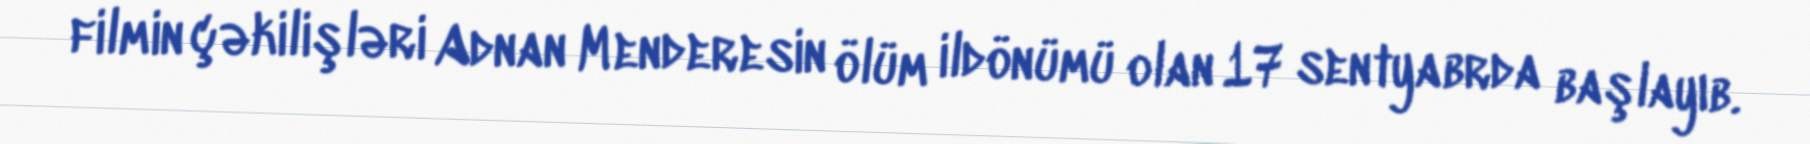
filmin çəkilişləri Adnan Menderesin ölüm ildönümü olan 17 sentyabrda başlayıb.